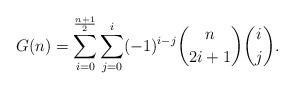
LaTeX: \begin{align*}G(n)=\sum \limits_{i=0}^{\frac{n+1}{2}}\sum \limits_{j=0}^{i}(-1)^{i-j}\binom{n}{2i+1} \binom{i}{j}.\end{align*}